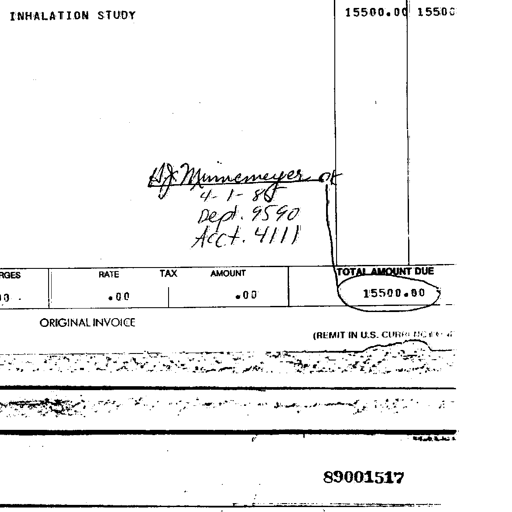
INHALATION STUDY 15500.00 15500
H. J. Minnimeyer ok
4-1-86
Dept. 9590
Acct. 4111
RATE TAX AMOUNT TOTAL AMOUNT DUE
.00 .00 15500.00
ORIGINAL INVOICE
(REMIT IN U.S. CURRENCY)
89001517